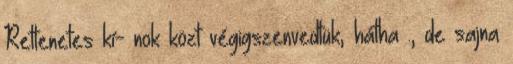
Rettenetes kí- nok közt végigszenvedtük, hátha ., de sajna